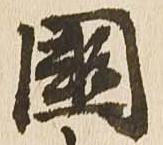
国